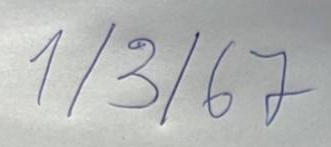
1/3/67